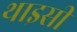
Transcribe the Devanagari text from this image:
थाइसी